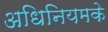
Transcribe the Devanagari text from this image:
अधिनियमके